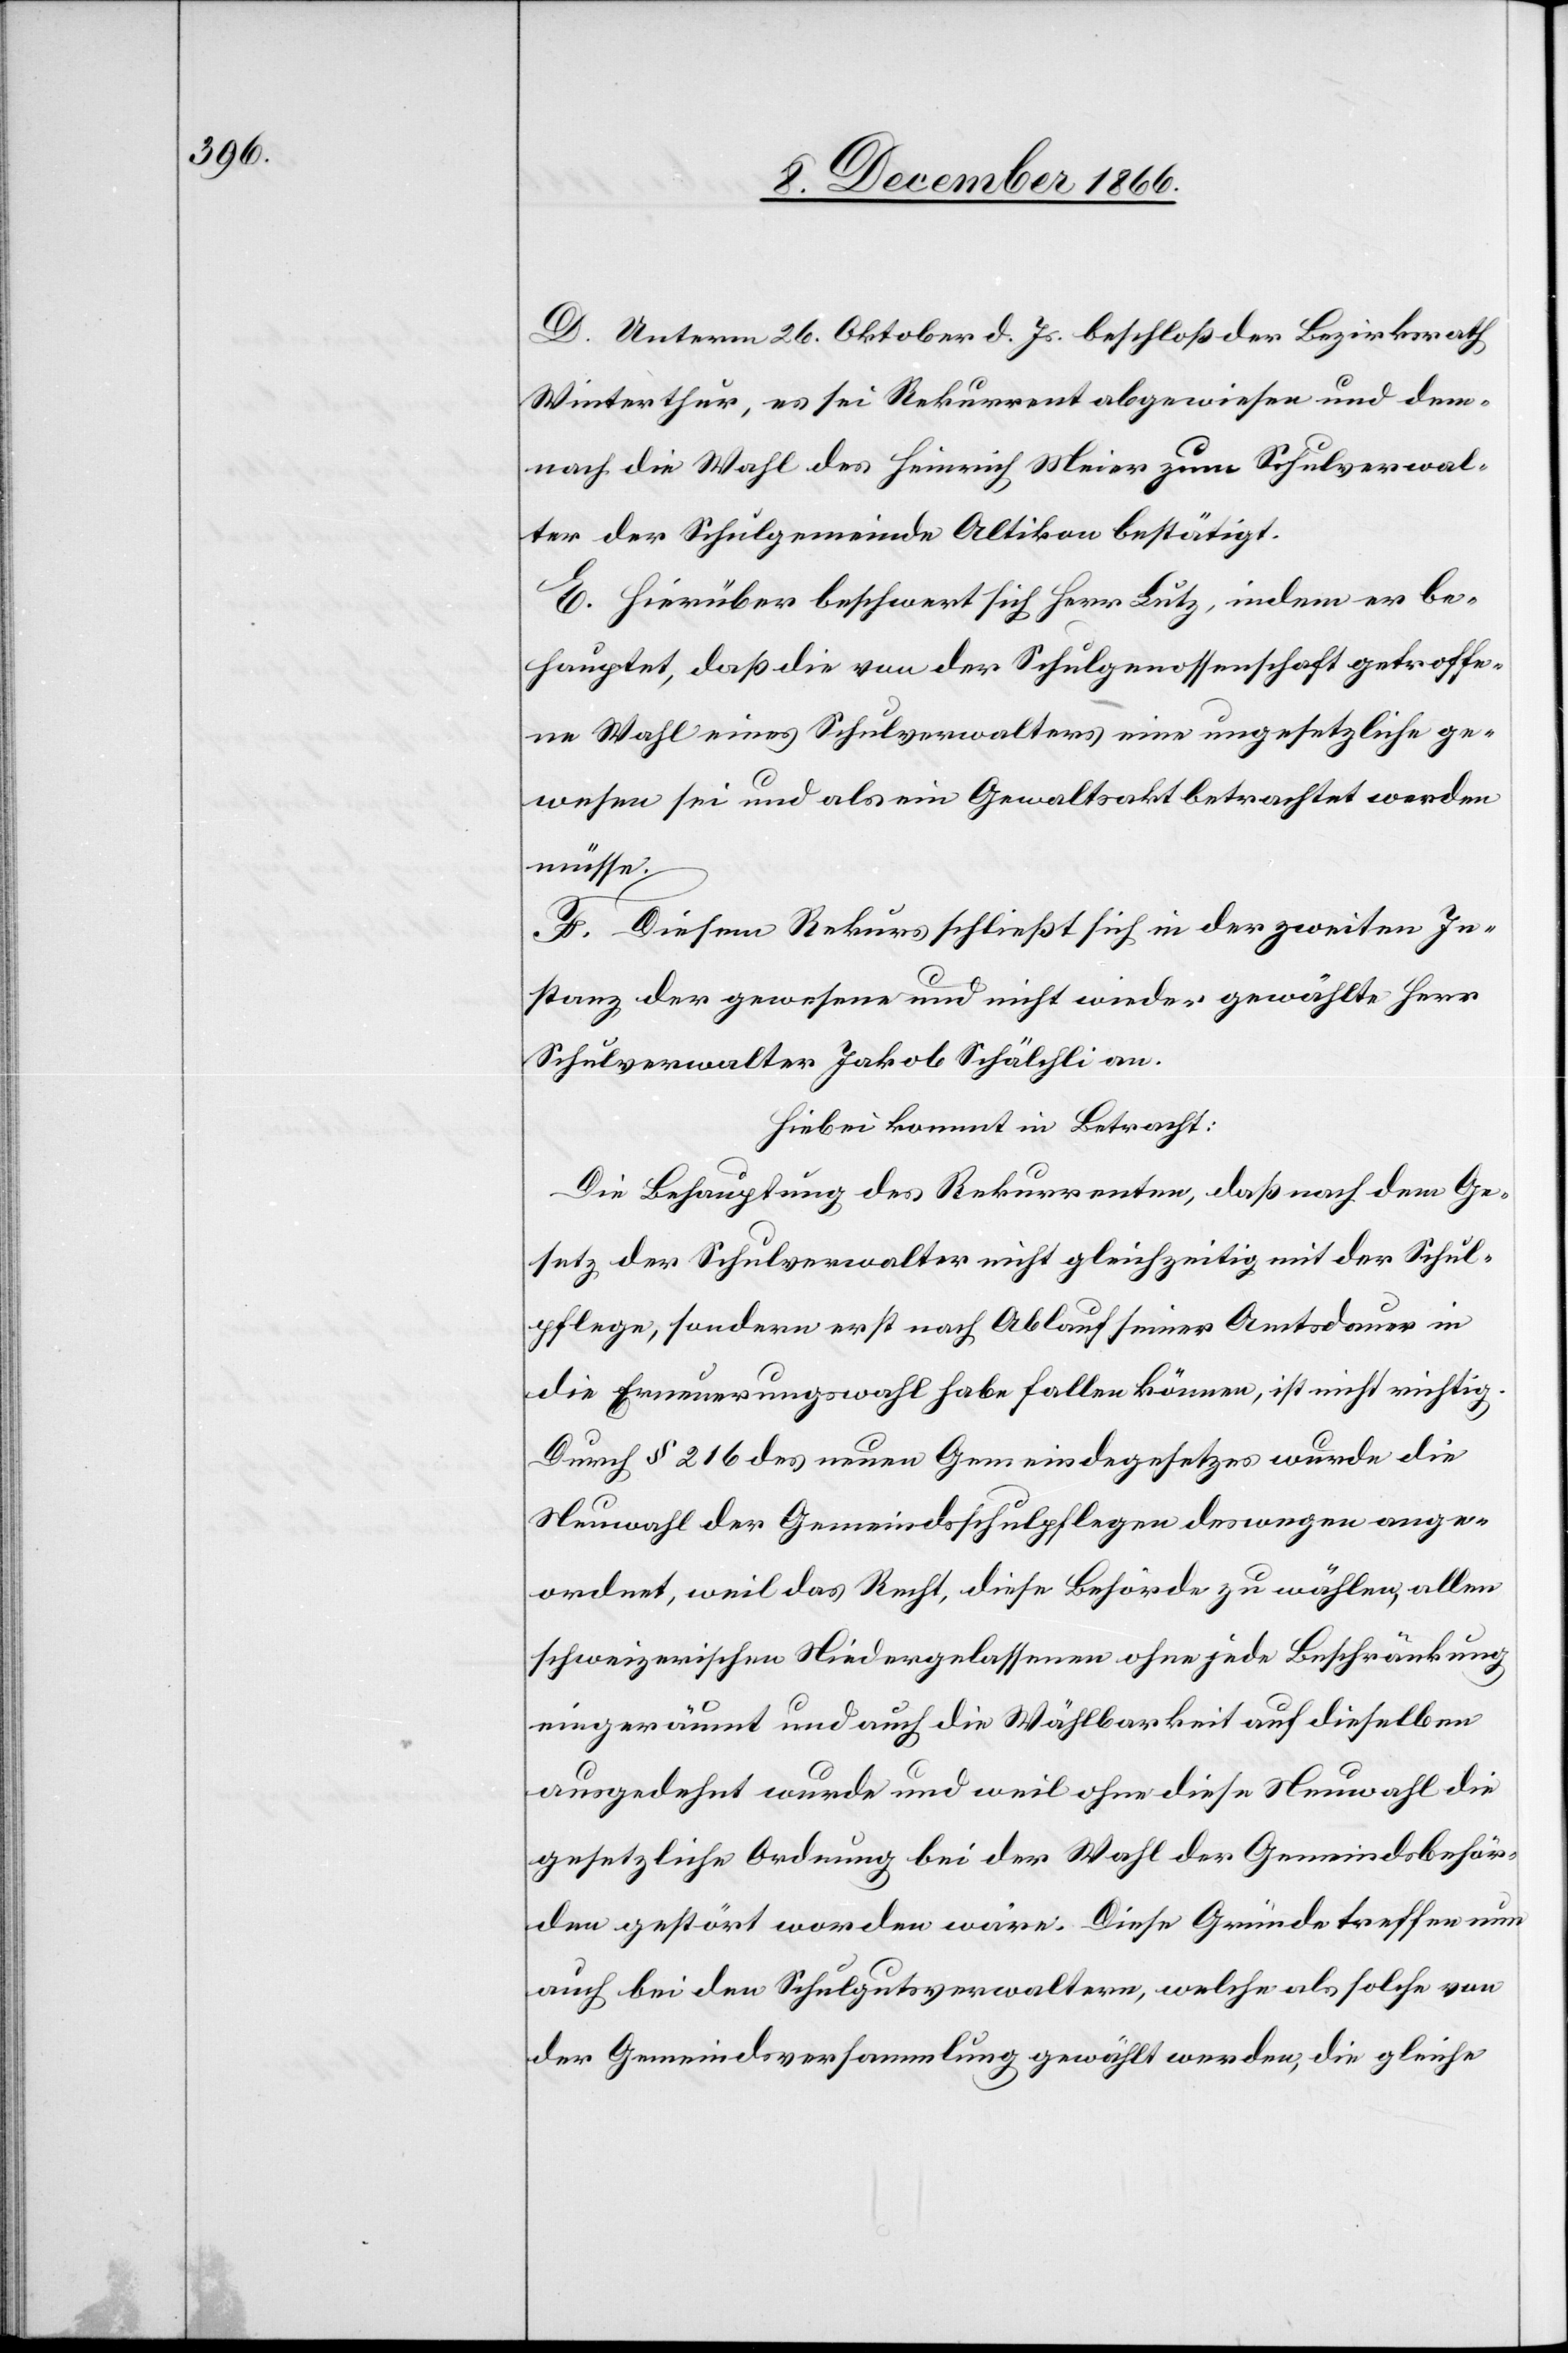
D. Unterm 26. Oktober d. Js. beschloß der Bezirksrath
Winterthur, es sei Rekurrent abgewiesen und dem¬
nach die Wahl des Heinrich Meier zum Schulverwal¬
ter der Schulgemeinde Altikon bestätigt.
E. Hierüber beschwert sich Herr Lutz, indem er be¬
hauptet, daß die von der Schulgenossenschaft getroffe¬
ne Wahl eines Schulverwalters eine ungesetzliche ge¬
wesen sei und als ein Gewaltsakt betrachtet werden
müsse.
F. Diesem Rekurs schließt sich in der zweiten In¬
stanz der gewesene und nicht wieder gewählte Herr
Schulverwalter Jakob Schälchli an.
Hiebei kommt in Betracht:
Die Behauptung des Rekurrenten, daß nach dem Ge¬
setz der Schulverwalter nicht gleichzeitig mit der Schul¬
pflege, sondern erst nach Ablauf seiner Amtsdauer in
die Erneuerungswahl habe fallen können, ist nicht richtig.
Durch § 216 des neuen Gemeindegesetzes wurde die
Neuwahl der Gemeindsschulpflegen deswegen ange¬
ordnet, weil das Recht, diese Behörde zu wählen, allen
schweizerischen Niedergelassenen ohne jede Beschränkung
eingeräumt und auch die Wählbarkeit auf dieselben
ausgedehnt wurde und weil ohne diese Neuwahl die
gesetzliche Ordnung bei der Wahl der Gemeindsbehör¬
den gestört worden wäre. Diese Gründe treffen nun
auch bei den Schulgutsverwaltern, welche als solche von
der Gemeindsversammlung gewählt werden, die gleiche